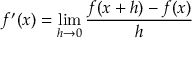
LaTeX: f ^ { \prime } ( x ) = \operatorname* { l i m } _ { h \to 0 } { \frac { f ( x + h ) - f ( x ) } { h } }